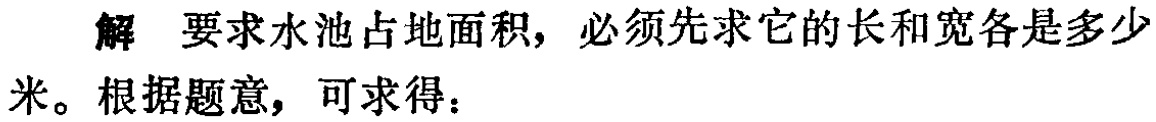
解 要求水池占地面积，必须先求它的长和宽各是多少米。根据题意，可求得：